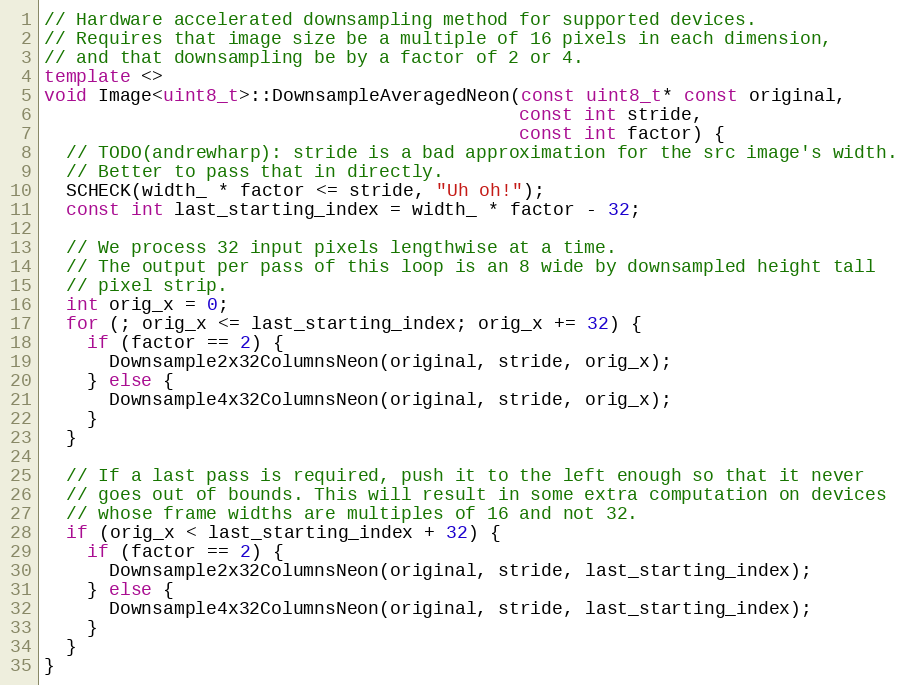
Language: C++
// Hardware accelerated downsampling method for supported devices.
// Requires that image size be a multiple of 16 pixels in each dimension,
// and that downsampling be by a factor of 2 or 4.
template <>
void Image<uint8_t>::DownsampleAveragedNeon(const uint8_t* const original,
                                            const int stride,
                                            const int factor) {
  // TODO(andrewharp): stride is a bad approximation for the src image's width.
  // Better to pass that in directly.
  SCHECK(width_ * factor <= stride, "Uh oh!");
  const int last_starting_index = width_ * factor - 32;

  // We process 32 input pixels lengthwise at a time.
  // The output per pass of this loop is an 8 wide by downsampled height tall
  // pixel strip.
  int orig_x = 0;
  for (; orig_x <= last_starting_index; orig_x += 32) {
    if (factor == 2) {
      Downsample2x32ColumnsNeon(original, stride, orig_x);
    } else {
      Downsample4x32ColumnsNeon(original, stride, orig_x);
    }
  }

  // If a last pass is required, push it to the left enough so that it never
  // goes out of bounds. This will result in some extra computation on devices
  // whose frame widths are multiples of 16 and not 32.
  if (orig_x < last_starting_index + 32) {
    if (factor == 2) {
      Downsample2x32ColumnsNeon(original, stride, last_starting_index);
    } else {
      Downsample4x32ColumnsNeon(original, stride, last_starting_index);
    }
  }
}